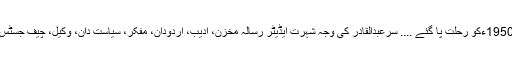
وہ 1874ءمیں لدھیانہ (انڈیا) میں پیدا ہوئے اور 9فروری 1950ءکو رحلت پا گئے .... سرعبدالقادر کی وجہ شہرت ایڈیٹر رسالہ مخزن، ادیب، اردودان، مفکر، سیاست دان، وکیل، چیف جسٹس، وزیرتعلیم اور مسلمانوں کے عظےم قومی رہنما کی تھی۔